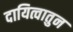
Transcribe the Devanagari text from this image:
दायित्वातुन